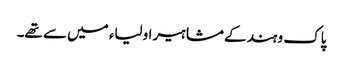
پاک و ہند کے مشاہیر اولیاء میں سے تھے۔